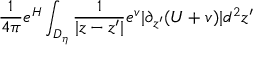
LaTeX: \frac { 1 } { 4 \pi } e ^ { H } \int _ { D _ { \eta } } \frac { 1 } { | z - z ^ { \prime } | } e ^ { v } | \partial _ { z ^ { \prime } } ( U + v ) | d ^ { 2 } z ^ { \prime }